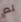
لم